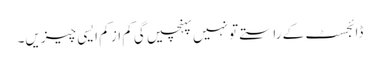
ڈائجسٹ کے راستے تو نہیں پہنچیں گی کم از کم ایسی چیزیں۔